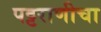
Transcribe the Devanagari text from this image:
पट्टराणीचा